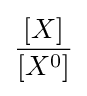
{\frac {[X]}{[X^{0}]}}